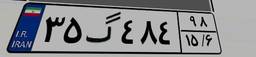
۳۵گ۴۸۴۹۸